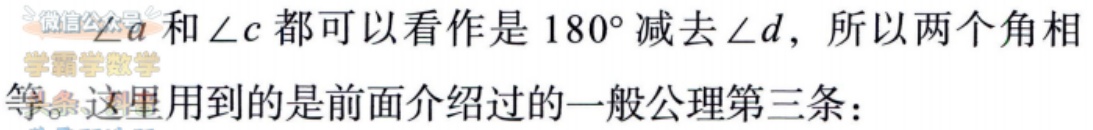
微信公众号 学霸学数学
$\angle a$和$\angle c$都可以看作是$180^{\circ}$减去$\angle d$，所以两个角相
等。这里用到的是前面介绍过的一般公理第三条：